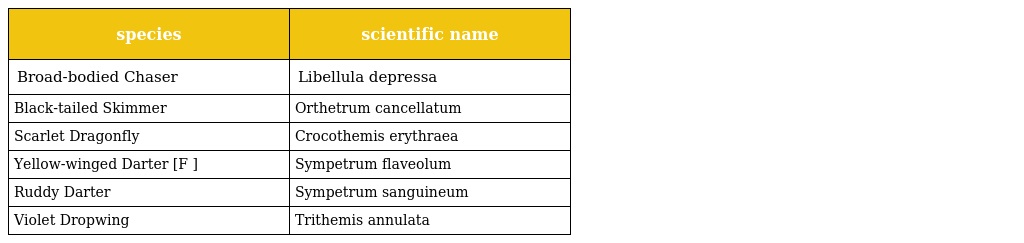
| species | scientific name |
 | --- | --- |
 | Broad-bodied Chaser | Libellula depressa |
 | Black-tailed Skimmer | Orthetrum cancellatum |
 | Scarlet Dragonfly | Crocothemis erythraea |
 | Yellow-winged Darter [F ] | Sympetrum flaveolum |
 | Ruddy Darter | Sympetrum sanguineum |
 | Violet Dropwing | Trithemis annulata |